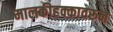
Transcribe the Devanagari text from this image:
मालकीहक्कावरून